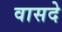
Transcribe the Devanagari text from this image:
वासदे